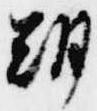
朝